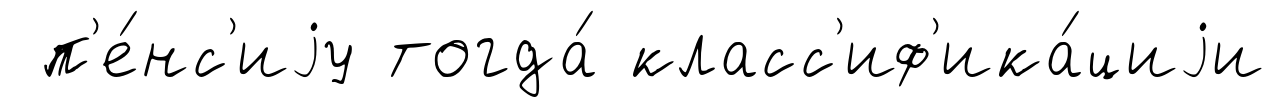
п'е́нс'иjу тогда́ класс'иф'ика́циjи